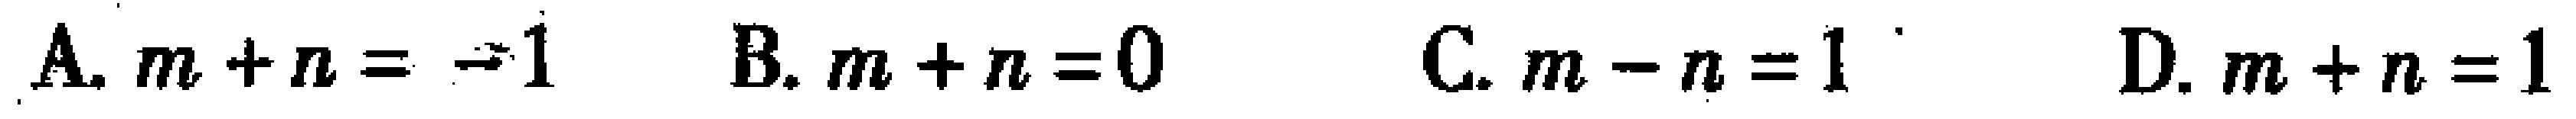
A. \(m + n = - 1\)  B. \(m + n = 0\)  C. \(m - n = 1\)  D. \(m + n = 1\)